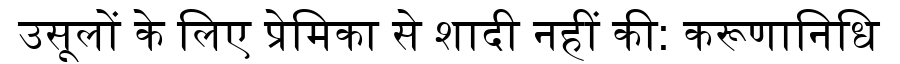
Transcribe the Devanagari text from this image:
उसूलों के लिए प्रेमिका से शादी नहीं की: करूणानिधि